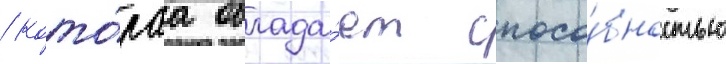
/ кото́раа облада́ет спосо́бностью